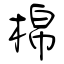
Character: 棉